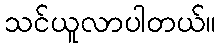
သင်ယူလာပါတယ်။